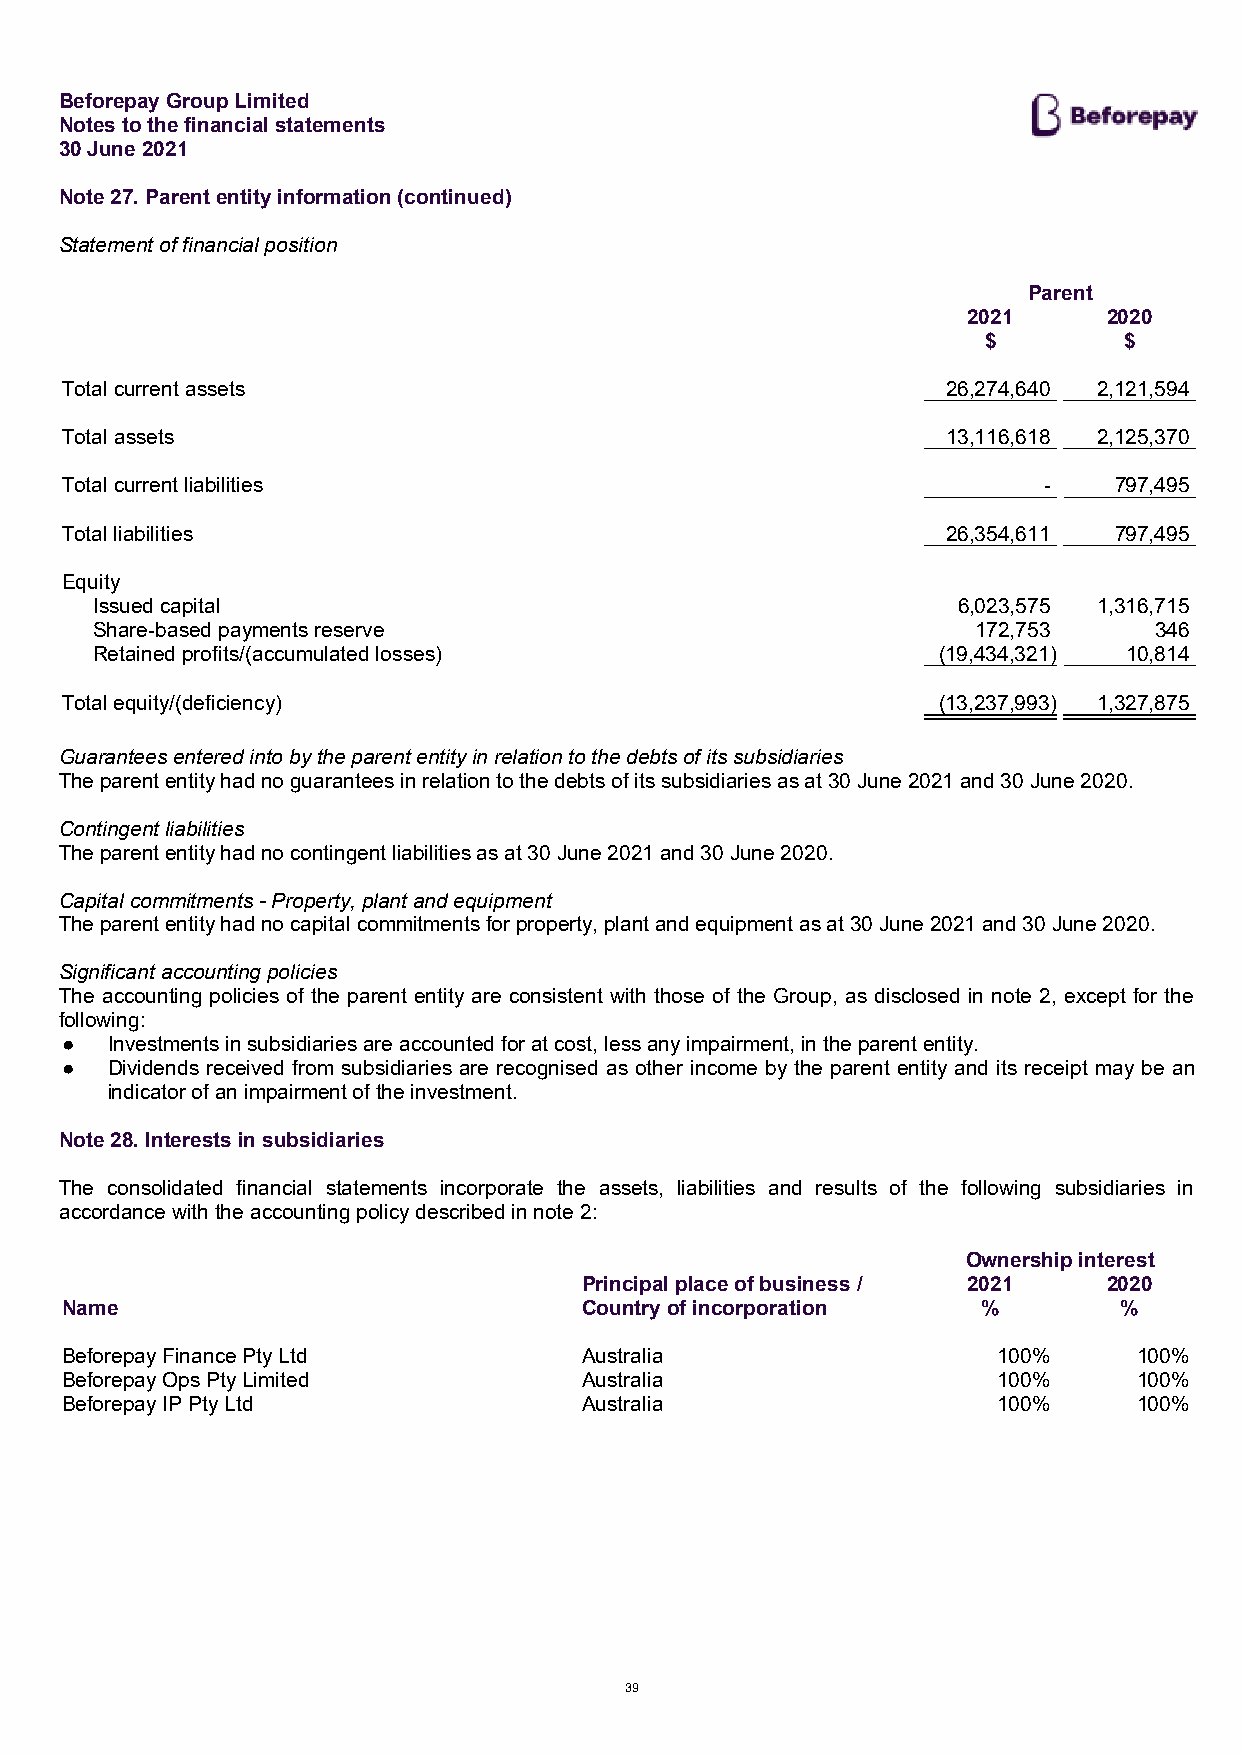
Beforepay Group Limited
 Notes to the financial statements
 30 June 2021
 Note 27. Parent entity information (continued)
 Statement of financial position
 Parent
 2021     2020
 $        $
 Total current assets                                       26,274,640 2,121,594
 Total assets                                               13,116,618 2,125,370
 Total current liabilities                                        -    797,495
 Total liabilities                                          26,354,611 797,495
 Equity
 Issued capital                                           6,023,575 1,316,715
 Share-based payments reserve                               172,753    346
 Retained profits/(accumulated losses)                   (19,434,321) 10,814
 Total equity/(deficiency)                                 (13,237,993) 1,327,875
 Guarantees entered into by the parent entity in relation to the debts of its subsidiaries
 The parent entity had no guarantees in relation to the debts of its subsidiaries as at 30 June 2021 and 30 June 2020.
 Contingent liabilities
 The parent entity had no contingent liabilities as at 30 June 2021 and 30 June 2020.
 Capital commitments - Property, plant and equipment
 The parent entity had no capital commitments for property, plant and equipment as at 30 June 2021 and 30 June 2020.
 Significant accounting policies
 The accounting policies of the parent entity are consistent with those of the Group, as disclosed in note 2, except for the
 following:
 ●  Investments in subsidiaries are accounted for at cost, less any impairment, in the parent entity.
 ●  Dividends received from subsidiaries are recognised as other income by the parent entity and its receipt may be an
 indicator of an impairment of the investment.
 Note 28. Interests in subsidiaries
 The consolidated financial statements incorporate the assets, liabilities and results of the following subsidiaries in
 accordance with the accounting policy described in note 2:
 Ownership interest
 Principal place of business / 2021 2020
 Name                               Country of incorporation  %        %
 Beforepay Finance Pty Ltd          Australia                  100%     100%
 Beforepay Ops Pty Limited          Australia                  100%     100%
 Beforepay IP Pty Ltd               Australia                  100%     100%
 39